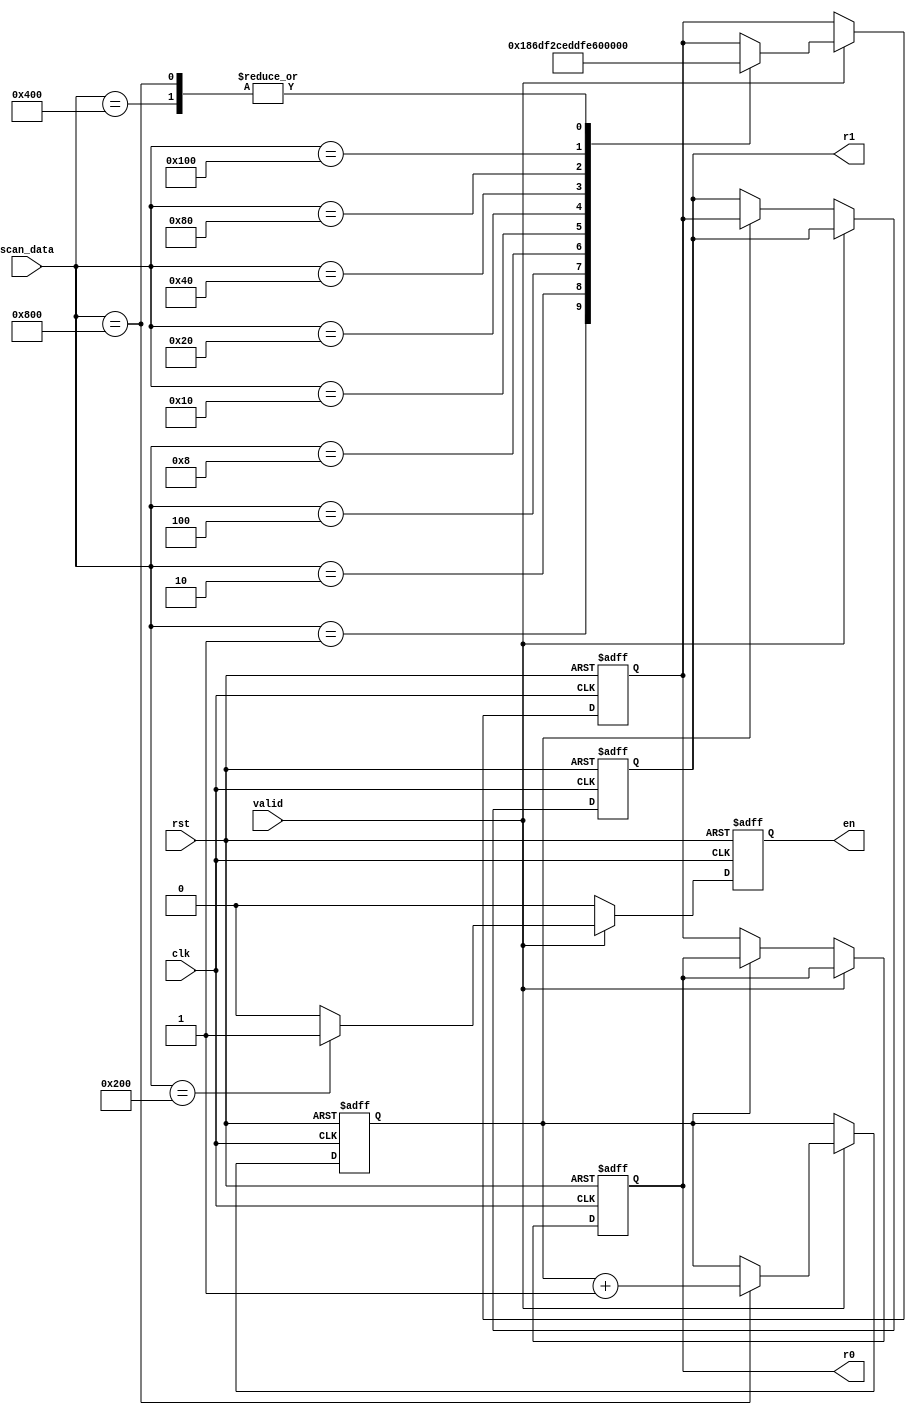
module display(rst, clk, scan_data, valid, r0,r1, en);
  input rst, clk;
  input [11:0]scan_data;
  input valid;
  output [6:0]r0,r1;
  reg [6:0]r0,r1;
  output reg en;
  reg [11:0]r8;
  reg r9;
  reg [6:0]w;
  
  initial en <= 0;
  
  always@(posedge clk or negedge rst) begin
    if (!rst) begin
      r8 <= 12'b000000000000;
      r9 <= 3'b000;
      en <= 0;
      w <= 7'b1111110;
      r0 <= 0;
      r1 <= 0;
    end
    else begin
      en <= 0; //   en  -> *   en 1   
      if (valid) begin
        case(scan_data)
        12'b000000000001 : begin w <= 7'b0110000; end // 1
        12'b000000000010 : begin w <= 7'b1101101; end // 2
        12'b000000000100 : begin w <= 7'b1111001; end // 3
        12'b000000001000 : begin w <= 7'b0110011; end // 4
        12'b000000010000 : begin w <= 7'b1011011; end // 5
        12'b000000100000 : begin w <= 7'b1011111; end // 6
        12'b000001000000 : begin w <= 7'b1110010; end // 7
        12'b000010000000 : begin w <= 7'b1111111; end // 8
        12'b000100000000 : begin w <= 7'b1111011; end // 9
        12'b001000000000 : begin en <= 1; end         // *    
        12'b010000000000 : begin w <= 7'b1111110; end // 0
        12'b100000000000 : begin r9 <= r9 + 1; w <= 7'b1111110; end // #
        endcase
      end      
      else begin   
        case(r9)
          3'b000 : r0 <= w;
          3'b001 : r1 <= w;
        endcase
      end
    end
  end
endmodule